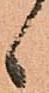
候